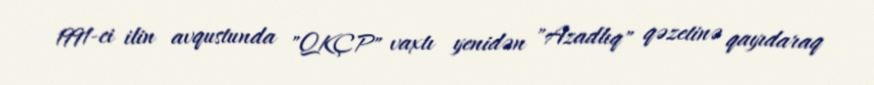
1991-ci ilin avqustunda "QKÇP" vaxtı yenidən "Azadlıq" qəzetinə qayıdaraq